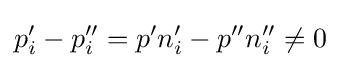
p_{i}'-p_{i}''=p'n_{i}'-p''n_{i}''\neq 0